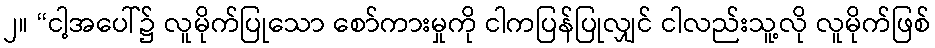
၂။ “ငါ့အပေါ်၌ လူမိုက်ပြုသော စော်ကားမှုကို ငါကပြန်ပြုလျှင် ငါလည်းသူ့လို လူမိုက်ဖြစ်